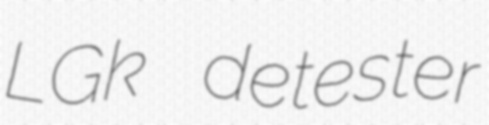
LGk detester